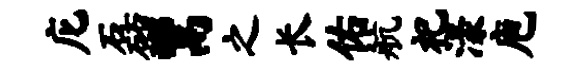
庀磊鬻之长佑航祀漾庖